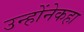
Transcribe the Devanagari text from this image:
उन्होंनेकहा